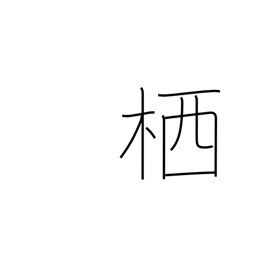
Meaning: hive